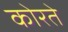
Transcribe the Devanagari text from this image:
कोरते